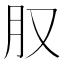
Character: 𪱙